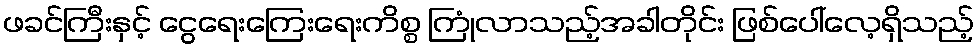
ဖခင်ကြီးနှင့် ငွေရေးကြေးရေးကိစ္စ ကြုံလာသည့်အခါတိုင်း ဖြစ်ပေါ်လေ့ရှိသည့်